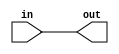
// A continuous assignment assigns the right side to the left side continuously, so any change to the RHS is immediately seen in the LHS.
module top_module( input in, output out );
  
  assign out = in;

endmodule

// Note that wires are directional, so "assign in = out" is not equivalent.